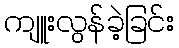
ကျူးလွန်ခဲ့ခြင်း